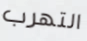
التهرب